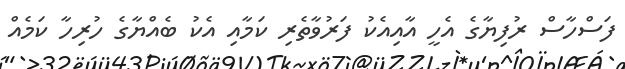
ފަސްހާސް ރުފިޔާގެ އެހީ އާއިއެކު ފަރުވާތެރި ކަމާއި އެކު ބެއްޔާގެ ހުރިހާ ކަމެއް